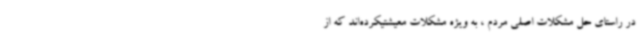
در راستای حل مشکلات اصلی مردم ، به ویژه مشکلات معیشتیکرده‌اند که از